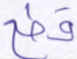
قطع